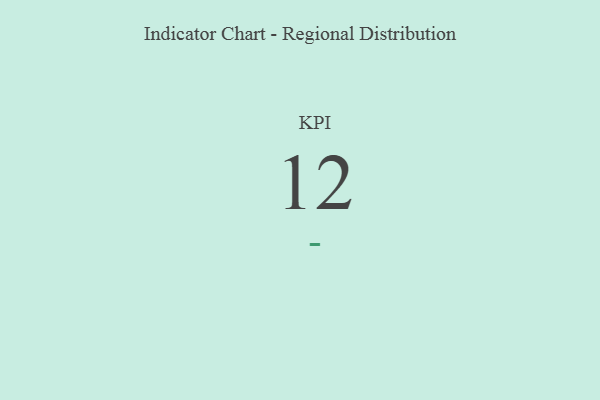
{"axis": {"x": "KPI", "y": "Value"}, "legend": [""], "data": [{"x": "KPI", "y": 12, "type": ""}]}